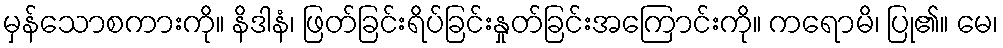
မှန်သောစကားကို။ နိဒါနံ၊ ဖြတ်ခြင်းရိပ်ခြင်းနှုတ်ခြင်းအကြောင်းကို။ ကရောမိ၊ ပြု၏။ မေ၊